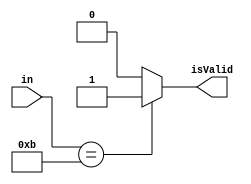
module ThresholdTrigger(
		input [3:0] in,
		output isValid
    );
	 
	 assign isValid = (in == 4'b1011)?(1):(0);

endmodule